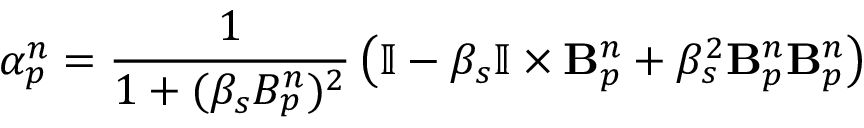
{ \alpha } _ { p } ^ { n } = \frac { 1 } { 1 + ( \beta _ { s } B _ { p } ^ { n } ) ^ { 2 } } \left( \mathbb { I } - \beta _ { s } \mathbb { I } \times \mathbf { B } _ { p } ^ { n } + \beta _ { s } ^ { 2 } \mathbf { B } _ { p } ^ { n } \mathbf { B } _ { p } ^ { n } \right)